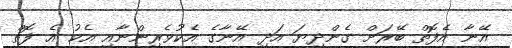
އޭނާ އެފޮތް ބޭރަށް ގެންދިޔަ އަދި އޭނާގެ އެކުވެރިންނާއި އެކު އެ ފޮތް